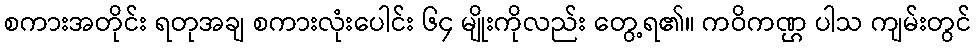
စကားအတိုင်း ရတုအချ စကားလုံးပေါင်း ၆၄ မျိုးကိုလည်း တွေ့ရ၏။ ကဝိကဏ္ဌ ပါသ ကျမ်းတွင်